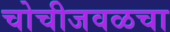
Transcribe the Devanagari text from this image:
चोचीजवळचा